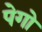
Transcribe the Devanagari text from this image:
पेगो